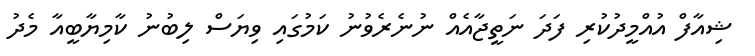
ޝިއާފް އުއްމީދުކުރި ފަދަ ނަތީޖާއެއް ނުނެރެވުނު ކަމުގައި ވިޔަސް ލިބުނު ކާމިޔާބީއާ މެދު